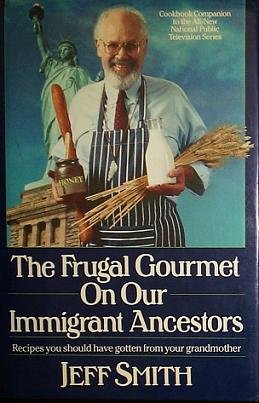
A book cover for The Frugal Gourmet on Our Immigrant Ancestors: Recipes You Should Have Gotten from Your Grandmother; Jeff Smith; Cookbooks, Food & Wine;